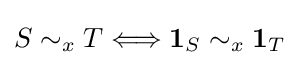
S\sim _{x}T\Longleftrightarrow \mathbf {1} _{S}\sim _{x}\mathbf {1} _{T}